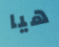
هيا